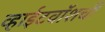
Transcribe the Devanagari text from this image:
व्हाईटवॉशची